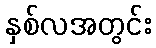
နှစ်လအတွင်း